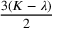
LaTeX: \frac { 3 ( K - \lambda ) } { 2 }